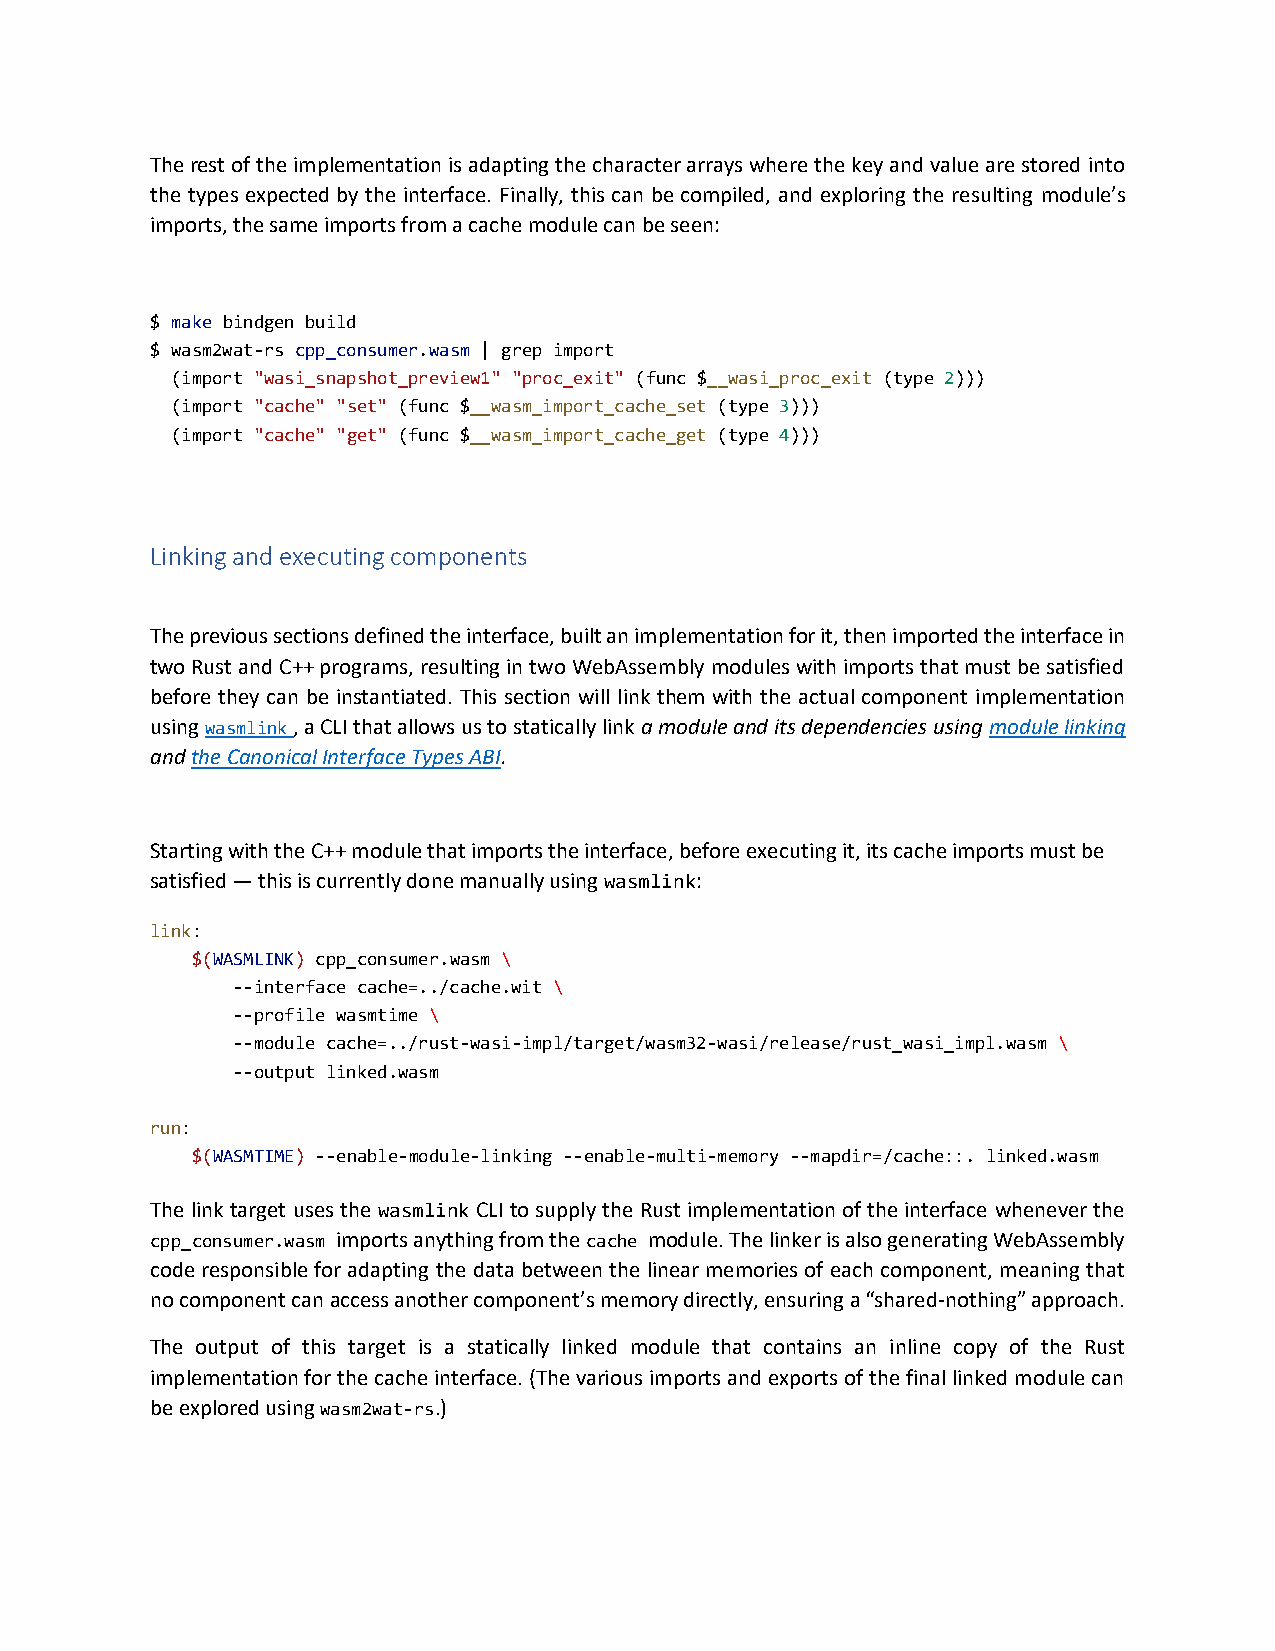
The rest of the implementation is adapting the character arrays where the key and value are stored into
 the types expected by the interface. Finally, this can be compiled, and exploring the resulting module’s
 imports, the same imports from a cache module can be seen:
 $ make bindgen build
 $ wasm2wat-rs cpp_consumer.wasm | grep import
 (import "wasi_snapshot_preview1" "proc_exit" (func $__wasi_proc_exit (type 2)))
 (import "cache" "set" (func $__wasm_import_cache_set (type 3)))
 (import "cache" "get" (func $__wasm_import_cache_get (type 4)))
 Linking and executing components
 The previous sections defined the interface, built an implementation for it, then imported the interface in
 two Rust and C++ programs, resulting in two WebAssembly modules with imports that must be satisfied
 before they can be instantiated. This section will link them with the actual component implementation
 using wasmlink , a CLI that allows us to statically link a module and its dependencies using module linking
 and the Canonical Interface Types ABI.
 Starting with the C++ module that imports the interface, before executing it, its cache imports must be
 satisfied — this is currently done manually using wasmlink:
 link:
 $(WASMLINK) cpp_consumer.wasm \
 --interface cache=../cache.wit \
 --profile wasmtime \
 --module cache=../rust-wasi-impl/target/wasm32-wasi/release/rust_wasi_impl.wasm \
 --output linked.wasm
 run:
 $(WASMTIME) --enable-module-linking --enable-multi-memory --mapdir=/cache::. linked.wasm
 The link target uses the wasmlink CLI to supply the Rust implementation of the interface whenever the
 cpp_consumer.wasm imports anything from the cache module. The linker is also generating WebAssembly
 code responsible for adapting the data between the linear memories of each component, meaning that
 no component can access another component’s memory directly, ensuring a “shared-nothing” approach.
 The output of this target is a statically linked module that contains an inline copy of the Rust
 implementation for the cache interface. (The various imports and exports of the final linked module can
 be explored using wasm2wat-rs.)